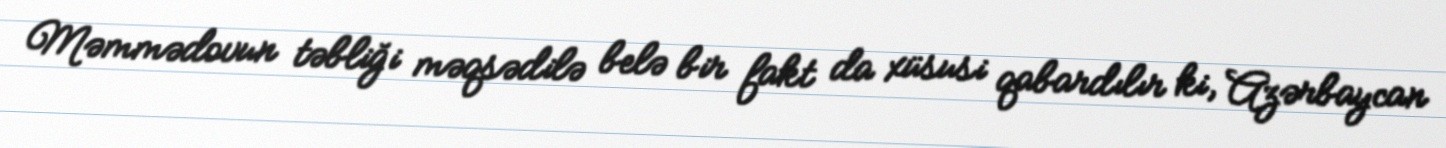
Məmmədovun təbliği məqsədilə belə bir fakt da xüsusi qabardılır ki, Azərbaycan